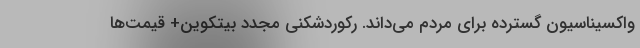
واکسیناسیون گسترده برای مردم می‌داند. رکوردشکنی مجدد بیتکوین+ قیمت‌ها